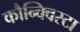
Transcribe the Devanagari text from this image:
कौन्क्विस्टा